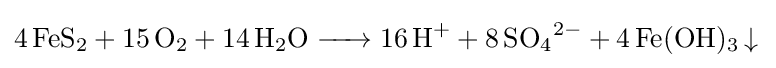
{\ce {4 FeS2 + 15 O2 + 14 H2O -> 16 H+ + 8 SO4^2- + 4 Fe(OH)3 (v)}}